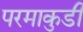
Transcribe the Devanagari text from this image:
परमाकुडी